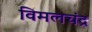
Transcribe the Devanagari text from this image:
विमलचंद्र